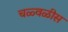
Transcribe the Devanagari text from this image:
चळ्वळीस